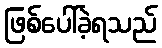
ဖြစ်ပေါ်ခဲ့ရသည်